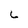
Character: L